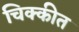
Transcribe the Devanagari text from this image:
चिक्कीत